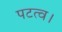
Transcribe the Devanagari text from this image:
पटत्व।